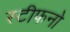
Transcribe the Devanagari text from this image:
स्टीफनो